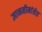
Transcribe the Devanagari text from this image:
ज्ञानमीमांसेत